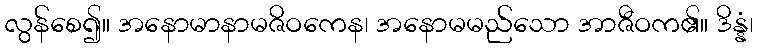
လွန်စေ၍။ အနောမာနာမဇိဝကေန၊ အနောမမည်သော အာဇီဝက၏။ ဒိန္နံ၊